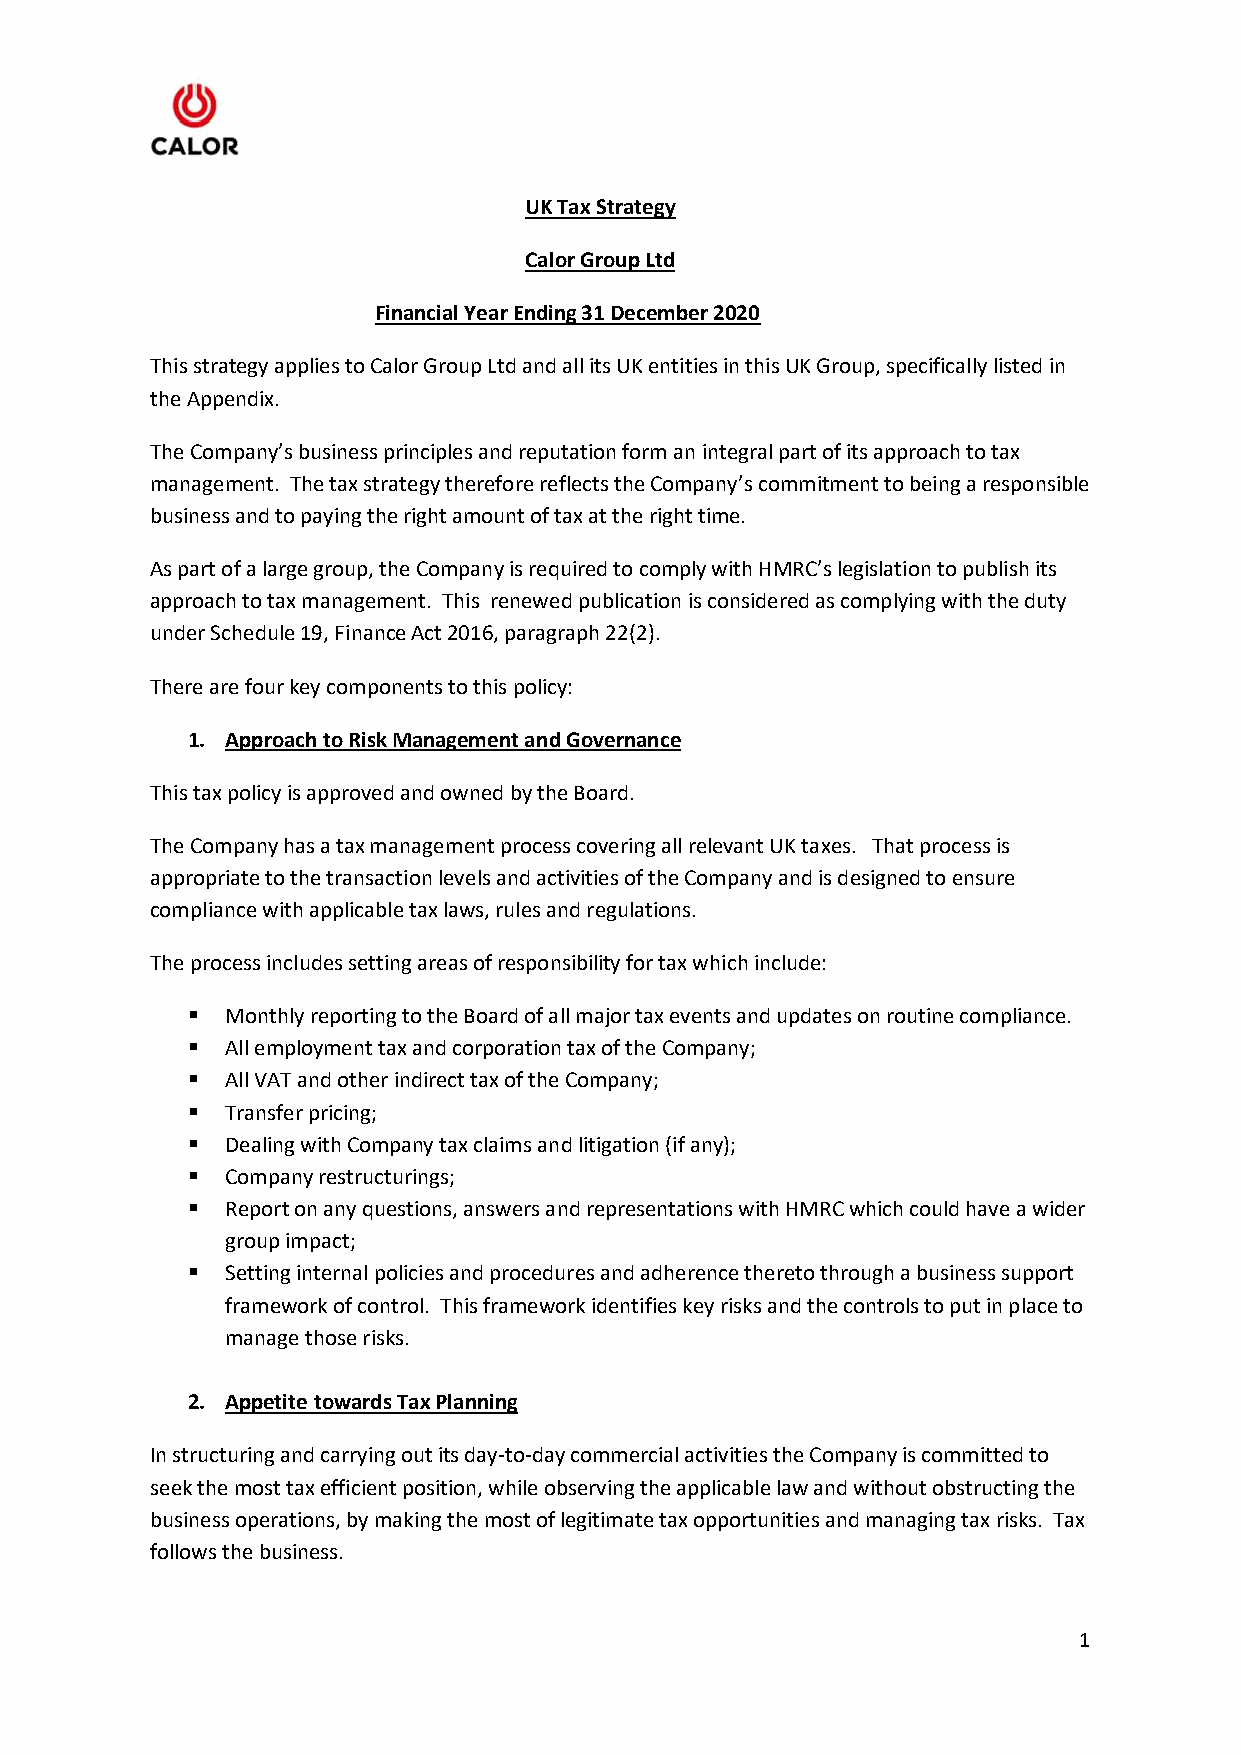
UK Tax Strategy
 Calor Group Ltd
 Financial Year Ending 31 December 2020
 This strategy applies to Calor Group Ltd and all its UK entities in this UK Group, specifically listed in
 the Appendix.
 The Company’s business principles and reputation form an integral part of its approach to tax
 management. The tax strategy therefore reflects the Company’s commitment to being a responsible
 business and to paying the right amount of tax at the right time.
 As part of a large group, the Company is required to comply with HMRC’s legislation to publish its
 approach to tax management. This renewed publication is considered as complying with the duty
 under Schedule 19, Finance Act 2016, paragraph 22(2).
 There are four key components to this policy:
 1. Approach to Risk Management and Governance
 This tax policy is approved and owned by the Board.
 The Company has a tax management process covering all relevant UK taxes. That process is
 appropriate to the transaction levels and activities of the Company and is designed to ensure
 compliance with applicable tax laws, rules and regulations.
 The process includes setting areas of responsibility for tax which include:
   Monthly reporting to the Board of all major tax events and updates on routine compliance.
   All employment tax and corporation tax of the Company;
   All VAT and other indirect tax of the Company;
   Transfer pricing;
   Dealing with Company tax claims and litigation (if any);
   Company restructurings;
   Report on any questions, answers and representations with HMRC which could have a wider
 group impact;
   Setting internal policies and procedures and adherence thereto through a business support
 framework of control. This framework identifies key risks and the controls to put in place to
 manage those risks.
 2. Appetite towards Tax Planning
 In structuring and carrying out its day-to-day commercial activities the Company is committed to
 seek the most tax efficient position, while observing the applicable law and without obstructing the
 business operations, by making the most of legitimate tax opportunities and managing tax risks. Tax
 follows the business.
 1